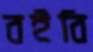
বইবি